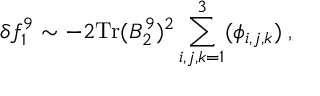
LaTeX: \delta f _ { 1 } ^ { 9 } \sim - 2 \mathrm { T r } ( B _ { 2 } ^ { 9 } ) ^ { 2 } \sum _ { i , j , k = 1 } ^ { 3 } ( \phi _ { i , j , k } ) \; ,